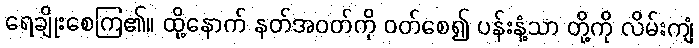
ရေချိုးစေကြ၏။ ထို့နောက် နတ်အဝတ်ကို ဝတ်စေ၍ ပန်းနံ့သာ တို့ကို လိမ်းကျံ